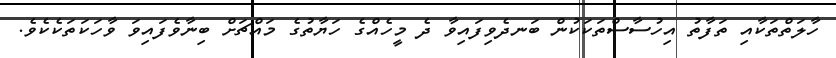
ހާލަތްތަކާއި ތަފާތު އިހުސާސްތަކަކުން ބަނދެވިފައިވާ ދެ މީހެއްގެ ހަޔާތުގެ މައްޗަށް ބިނާވެފައިވަ ވާހަކަތަކެކެވެ.